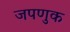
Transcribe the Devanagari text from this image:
जपणुक